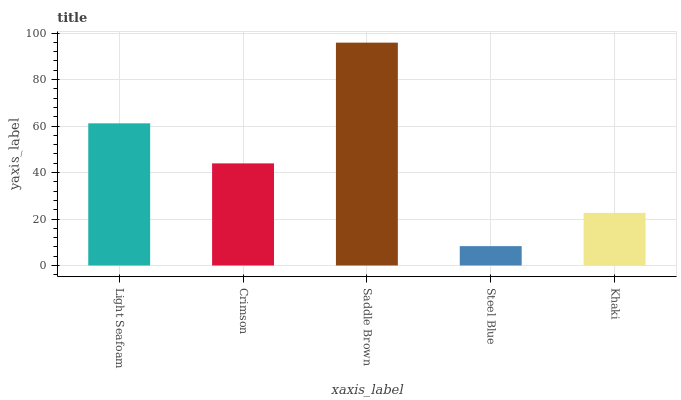
| xaxis_label | bars |
 | --- | --- |
 | Light Seafoam | 61.2 |
 | Crimson | 43.9 |
 | Saddle Brown | 95.9 |
 | Steel Blue | 8.33 |
 | Khaki | 22.6 |